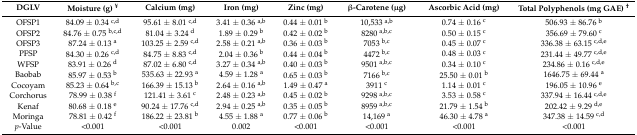
<table><thead><tr><td><b>DGLV</b></td><td><b>Moisture (g) <sup>¥</sup></b></td><td><b>Calcium (mg)</b></td><td><b>Iron (mg)</b></td><td><b>Zinc (mg)</b></td><td><b>β-Carotene (μg)</b></td><td><b>Ascorbic Acid (mg)</b></td><td><b>Total Polyphenols (mg GAE) <sup>†</sup></b></td></tr></thead><tbody><tr><td>OFSP1</td><td>84.09 ± 0.34 <sup>c,d</sup></td><td>95.61 ± 8.01 <sup>c,d</sup></td><td>3.41 ± 0.36 <sup>a,b</sup></td><td>0.44 ± 0.01 <sup>b</sup></td><td>10,533 <sup>a,b</sup></td><td>0.74 ± 0.16 <sup>c</sup></td><td>506.93 ± 86.76 <sup>b</sup></td></tr><tr><td>OFSP2</td><td>84.76 ± 0.75 <sup>b,c,d</sup></td><td>81.04 ± 3.24 <sup>d</sup></td><td>1.89 ± 0.29 <sup>b</sup></td><td>0.42 ± 0.02 <sup>b</sup></td><td>8280 <sup>a,b,c</sup></td><td>0.50 ± 0.15 <sup>c</sup></td><td>356.69 ± 79.60 <sup>c</sup></td></tr><tr><td>OFSP3</td><td>87.24 ± 0.13 <sup>a</sup></td><td>103.25 ± 2.59 <sup>c,d</sup></td><td>2.58 ± 0.21 <sup>a,b</sup></td><td>0.36 ± 0.03 <sup>b</sup></td><td>7053 <sup>b,c</sup></td><td>0.45 ± 0.07 <sup>c</sup></td><td>336.38 ± 63.15 <sup>c,d,e</sup></td></tr><tr><td>PFSP</td><td>84.30 ± 0.26 <sup>c,d</sup></td><td>84.75 ± 8.83 <sup>c,d</sup></td><td>2.04 ± 0.36 <sup>b</sup></td><td>0.44 ± 0.04 <sup>b</sup></td><td>4472 <sup>b,c</sup></td><td>0.48 ± 0.03 <sup>c</sup></td><td>231.44 ± 49.77 <sup>c,d,e</sup></td></tr><tr><td>WFSP</td><td>83.91 ± 0.26 <sup>d</sup></td><td>87.02 ± 6.80 <sup>c,d</sup></td><td>3.27 ± 0.34 <sup>a,b</sup></td><td>0.40 ± 0.03 <sup>b</sup></td><td>9501 <sup>a,b,c</sup></td><td>0.34 ± 0.10 <sup>c</sup></td><td>234.86 ± 0.16 <sup>c,d,e</sup></td></tr><tr><td>Baobab</td><td>85.97 ± 0.53 <sup>b</sup></td><td>535.63 ± 22.93 <sup>a</sup></td><td>4.59 ± 1.28 <sup>a</sup></td><td>0.65 ± 0.03 <sup>b</sup></td><td>7166 <sup>b,c</sup></td><td>25.50 ± 0.01 <sup>b</sup></td><td>1646.75 ± 69.44 <sup>a</sup></td></tr><tr><td>Cocoyam</td><td>85.23 ± 0.64 <sup>b,c</sup></td><td>166.39 ± 15.13 <sup>b</sup></td><td>2.64 ± 0.16 <sup>a,b</sup></td><td>1.49 ± 0.47 <sup>a</sup></td><td>3911 <sup>c</sup></td><td>1.14 ± 0.01 <sup>c</sup></td><td>196.05 ± 10.96 <sup>e</sup></td></tr><tr><td>Corchorus</td><td>78.99 ± 0.38 <sup>f</sup></td><td>121.41 ± 3.61 <sup>c</sup></td><td>2.48 ± 0.23 <sup>a,b</sup></td><td>0.45 ± 0.02 <sup>b</sup></td><td>9298 <sup>a,b,c</sup></td><td>3.53 ± 0.58 <sup>c</sup></td><td>337.94 ± 16.44 <sup>c,d,e</sup></td></tr><tr><td>Kenaf</td><td>80.68 ± 0.18 <sup>e</sup></td><td>90.24 ± 17.76 <sup>c,d</sup></td><td>2.94 ± 0.25 <sup>a,b</sup></td><td>0.35 ± 0.05 <sup>b</sup></td><td>8959 <sup>a,b,c</sup></td><td>21.79 ± 1.54 <sup>b</sup></td><td>202.42 ± 9.29 <sup>d,e</sup></td></tr><tr><td>Moringa</td><td>78.81 ± 0.42 <sup>f</sup></td><td>186.22 ± 23.81 <sup>b</sup></td><td>4.55 ± 1.88 <sup>a</sup></td><td>0.77 ± 0.06 <sup>b</sup></td><td>14,169 <sup>a</sup></td><td>46.30 ± 4.78 <sup>a</sup></td><td>347.38 ± 14.59 <sup>c,d</sup></td></tr><tr><td><i>p</i>-Value</td><td>&lt;0.001</td><td>&lt;0.001</td><td>0.002</td><td>&lt;0.001</td><td>&lt;0.001</td><td>&lt;0.001</td><td>&lt;0.001</td></tr></tbody></table>